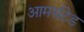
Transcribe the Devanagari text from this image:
आमर्सटेड